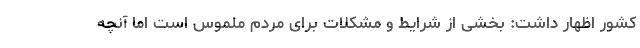
کشور اظهار داشت: بخشی از شرایط و مشکلات برای مردم ملموس است اما آنچه